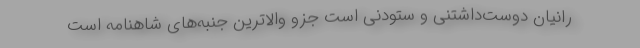
رانیان دوست‌داشتنی و ستودنی است جزو والاترین جنبه‌های شاهنامه است